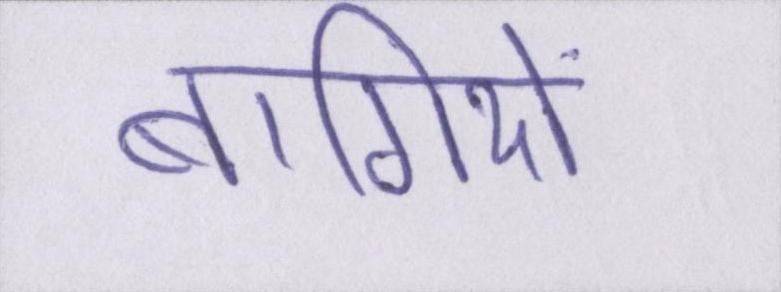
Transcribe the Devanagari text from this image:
बागियों